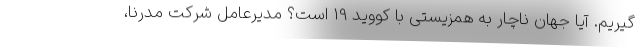
گیریم. آیا جهان ناچار به همزیستی با کووید 19 است؟ مدیرعامل شرکت مدرنا،